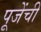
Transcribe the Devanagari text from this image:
पूजेंची